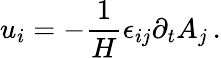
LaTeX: u_{i}=-\frac{1}{H}\epsilon_{ij}\partial_{t}{A}_{j}\, .